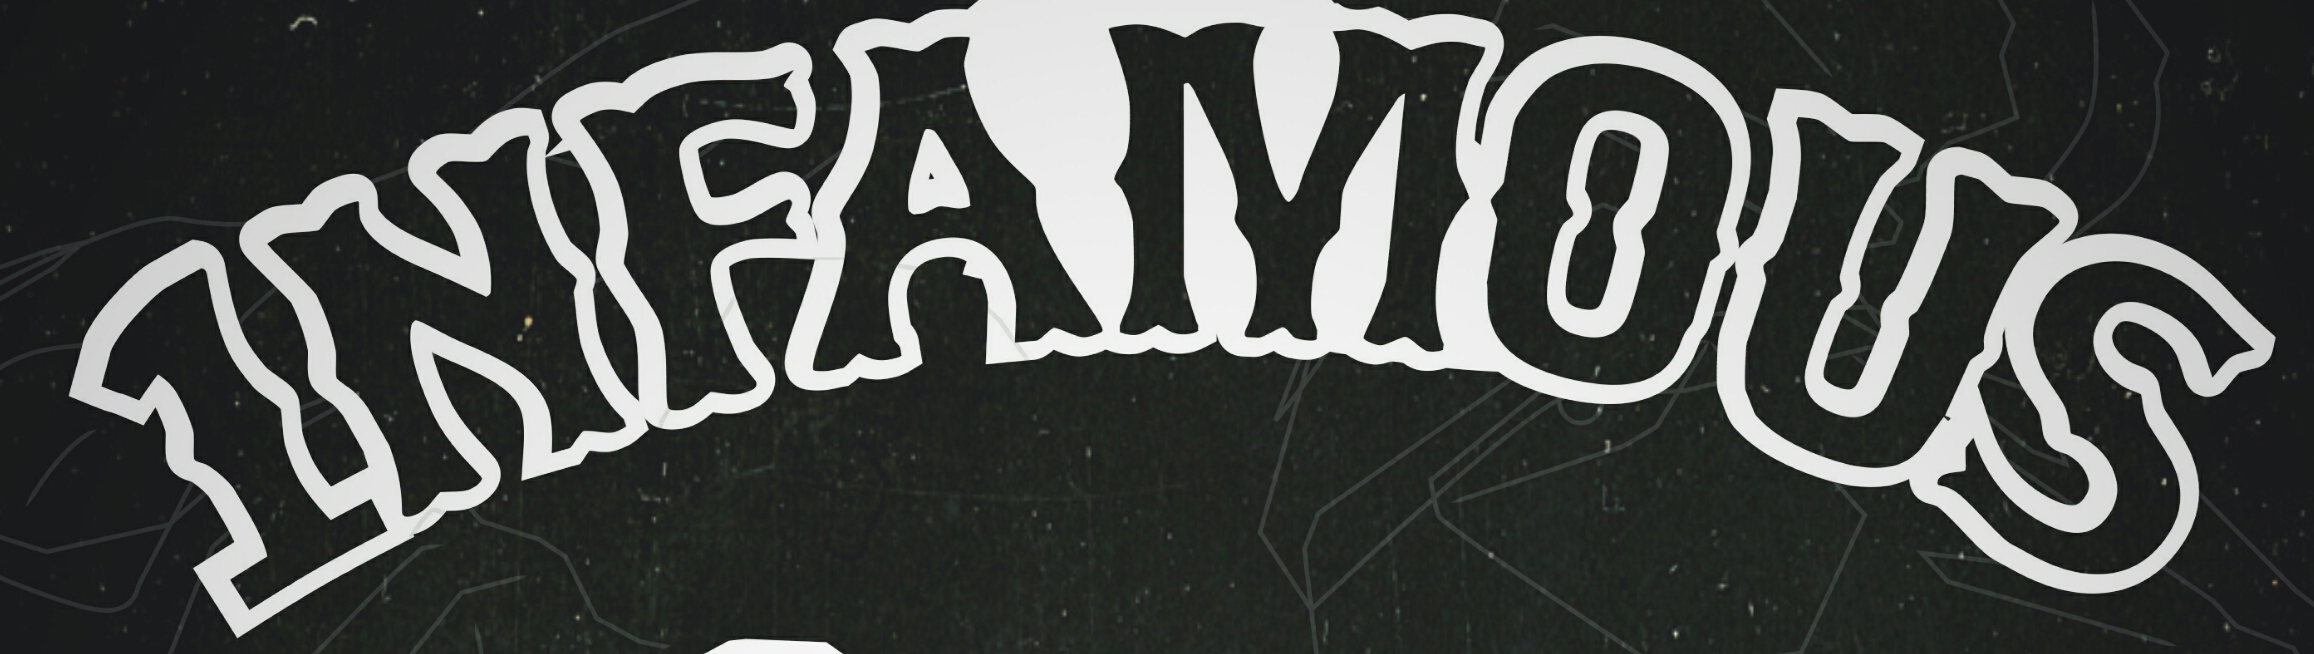
INFAMOUS